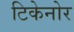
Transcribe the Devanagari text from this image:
टिकेनोर